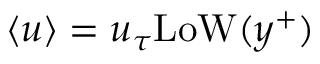
\left< u \right> = u _ { \tau } \mathrm { L o W } ( y ^ { + } )